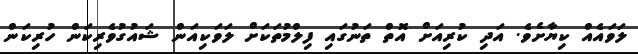
ލަވައެއް ކިޔާށެވެ. އަދި ކުރިއަށް އޮތް ތަނުގައި ފިލްމުތަކަށް ލަވަކިއަން ޝައުގުވެެރިކަން ހުރިކަން